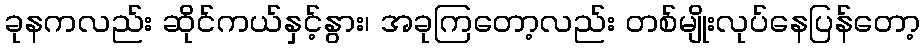
ခုနကလည်း ဆိုင်ကယ်နှင့်နွား၊ အခုကြတော့လည်း တစ်မျိုးလုပ်နေပြန်တော့